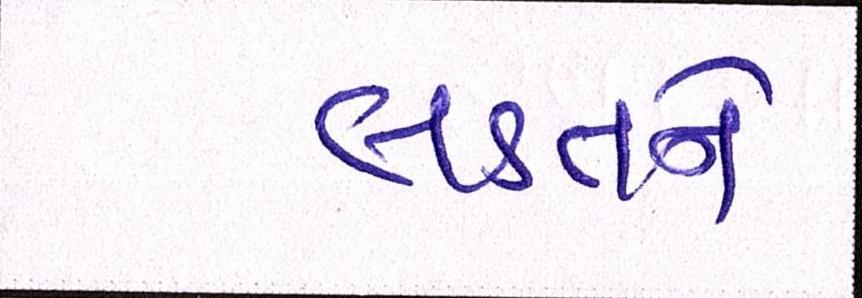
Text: લડતને